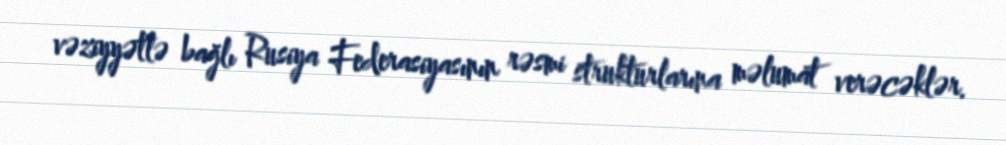
vəziyyətlə bağlı Rusiya Federasiyasının rəsmi strukturlarına məlumat verəcəklər.